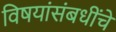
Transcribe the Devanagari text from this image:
विषयांसंबधींचे